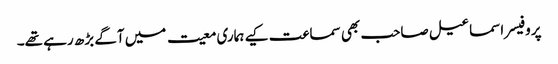
پروفیسر اسماعیل صاحب بھی سماعت کیے ہماری معیت میں آگے بڑھ رہے تھے۔